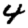
Digit: 4